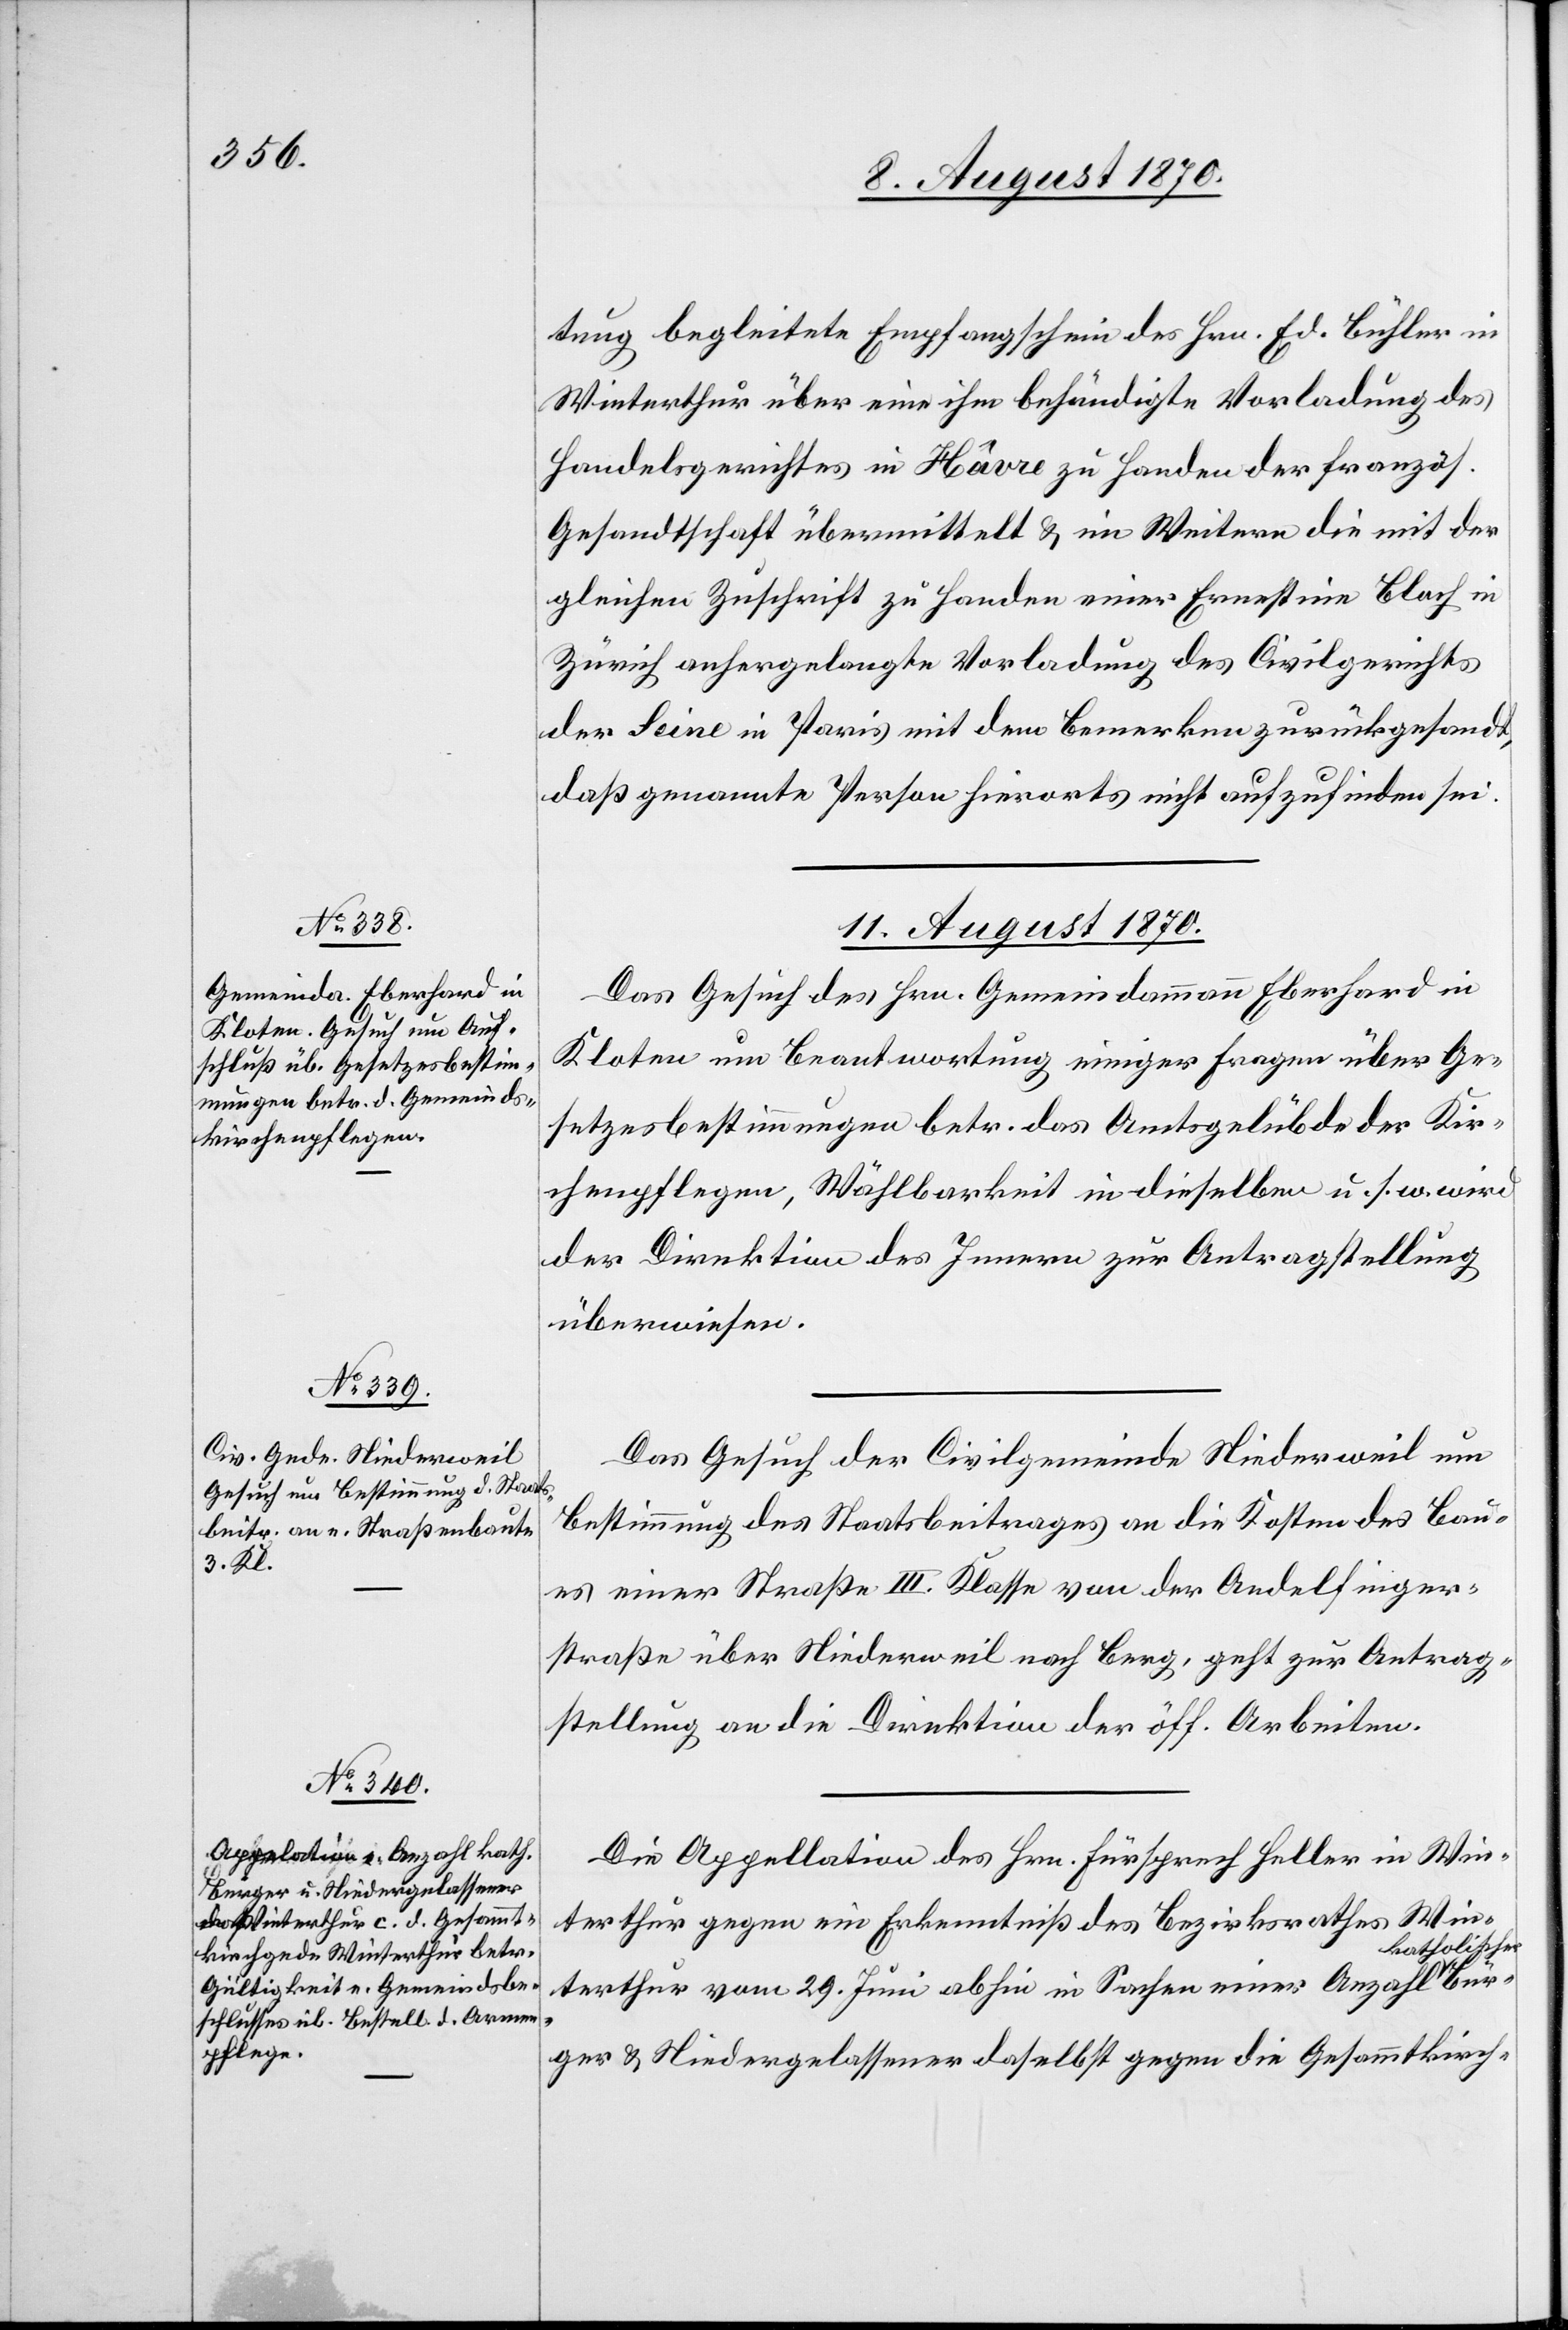
tung begleitete Empfangschein des Hrn. Ed. Bühler in
Winterthur über eine ihm behändigte Vorladung des
Handelsgerichtes in Hâvre zu Handen der französ.
Gesandtschaft übermittelt & im Weitern die mit der
gleichen Zuschrift zu Handen einer Ernestine Bloch in
Zürich anhergelangte Vorladung des Civilgerichts
der Seine in Paris mit der Bemerkung zurückgesandt,
daß genannte Person hierorts nicht aufzufinden sei.
11. August 1870.]
Das Gesuch des Hrn. Gemeindammann Eberhard in
Kloten um Beantwortung einiger Fragen über Ge¬
setzesbestimmungen betr. das Amtsgelübde der Kir¬
chenpflegen, Wählbarkeit in dieselben u. s. w. wird
der Direktion des Innern zur Antragstellung
überwiesen.
Das Gesuch der Civilgemeinde Niederweil um
Bestimmung des Staatsbeitrages an die Kosten des Bau¬
es einer Straße III. Klasse von der Andelfinger¬
straße über Niederweil nach Berg, geht zur Antrag¬
stellung an die Direktion der öff. Arbeiten.
Die Appellation des Hrn. Fürsprech Heller in Win¬
terthur gegen ein Erkenntniß des Bezirksrathes Win¬
atholischer-a
terthur vom 29. Juni abhin in Sachen einer Anzahl a-k¬
Bürger & Niedergelassener daselbst gegen die Gesammtkirch-